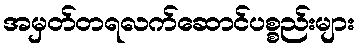
အမှတ်တရလက်ဆောင်ပစ္စည်းများ